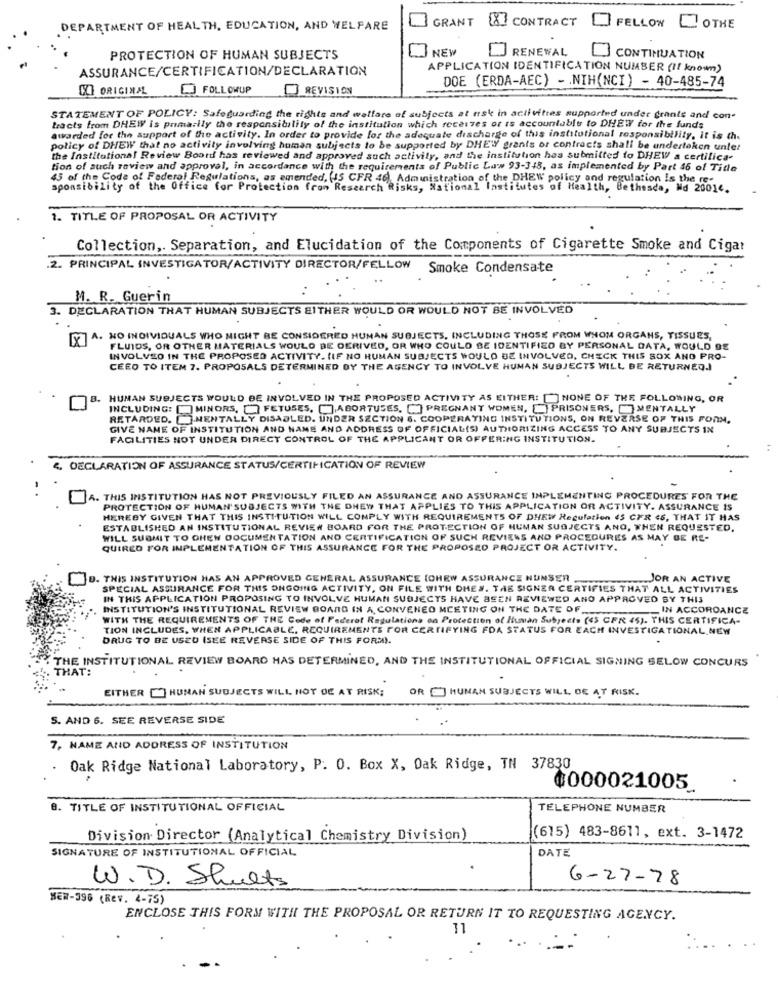
GRANT [X] CONTRACT
DEPARTMENT OF HEALTH, EDUCATION, AND WELFARE
FELLOW
LOTHE
NEW
PROTECTION OF HUMAN SUBJECTS
RENEWAL
CONTINUATION
ASSURANCE/CERTIFICATION/DECLARATION
APPLICATION IDENTIFICATION NUMBER (If known)
DOE (ERDA-AEC) - . NIH(NCI) - 40-485-74
OXI ORIGINAL
FOLLOWUP
REVISION
STATEMENT OF POLICY: Safeguarding the rights and welfare of subjects at risk in activities supported under grants and con-
tracts from DHEWY is primarily the responsibility of the institution which receives or is accountable to DHEW for the funds
awarded for the support of the activity. In order to provide for the adequate discharge of this institutional responsibility, it is the
policy of DHEW that no activity involving human subjects to be supported by DHEWY grants or contracts shall be undertaken unter
the Institutional Review Boord has reviewed and approved such activity, and the institution has submitted to DHEW a certifica-
tion of auch review and approval, in accordance with the requirements of Public Law 93-348, as implemented by Part 46 of Tide
45 of the Code of Federal Regulations, as amended, IS CFR 46), Administration of the DHEW policy and regulation Is the re-
sponsibility of the Office for Protection from Research Risks, National Institutes of Health, Bethesda, Md 2001e.
1. TITLE OF PROPOSAL OR ACTIVITY
Collection ,. Separation, and Elucidation of the Components of Cigarette Smoke and Cigar
.2. PRINCIPAL INVESTIGATOR/ACTIVITY DIRECTOR/FELLOW
Smoke Condensate
M. R. Guerin
. DECLARATION THAT HUMAN SUBJECTS EITHER WOULD OR WOULD NOT BE INVOLVED
[X] A. NO INDIVIDUALS WHO MIGHT BE CONSIDERED HUMAN SUBJECTS, INCLUDING THOSE FROM WHOM ORGANS, TISSUES,
FLUIDS, OR OTHER MATERIALS WOULD BE DERIVED, OR WHO COULD BE IDENTIFIED BY PERSONAL DATA, WOULD BE
INVOLVED IN THE PROPOSED ACTIVITY. {IF NO HUMAN SUBJECTS WOULD BE INVOLVED, CHECK THIS BOX ANO PRO-
CEED TO ITEM 7. PROPOSALS DETERMINED BY THE AGENCY TO INVOLVE HUMAN SUBJECTS WILL BE RETURNED.)
B. HUMAN SUBJECTS WOULD BE INVOLVED IN THE PROPOSED ACTIVITY AS EITHER: [ NONE OF THE FOLLOWING, OR
INCLUDING: [ MINORS, [ FETUSES. [ABORTUSES, [] PREGNANT WOMEN, [} PRISONERS, MENTALLY
RETARDED. [].MENTALLY DISABLED. UNDER SECTION 6. COOPERATING INSTITUTIONS, ON REVERSE OF THIS FORM.
GIVE NAME OF INSTITUTION AND NAME AND ADDRESS OF OFFICIAL(S) AUTHORIZING ACCESS TO ANY SUBJECTS IN
FACILITIES NOT UNDER DIRECT CONTROL OF THE APPLICANT OR OFFERING INSTITUTION.
4. DECLARATION OF ASSURANCE STATUS/CERTIFICATION OF REVIEW
4. THIS INSTITUTION HAS NOT PREVIOUSLY FILED AN ASSURANCE AND ASSURANCE IMPLEMENTING PROCEDURES FOR THE
PROTECTION OF HUMAN'SUBJECTS WITH THE DHEW THAT APPLIES TO THIS APPLICATION OR ACTIVITY. ASSURANCE 15
HEREBY GIVEN THAT THIS INSTITUTION WILL COMPLY WITH REQUIREMENTS OF DHEW Regulation 45 CFR 46, THAT IT HAS
ESTABLISHED AN INSTITUTIONAL REVIEW BOARD FOR THE PROTECTION OF HUMAN SUBJECTS ANO, THEN REQUESTED,
WILL SUBMIT TO OHEN DOCUMENTATION AND CERTIFICATION OF SUCH REVIEWS AND PROCEDURES AS MAY GE RE-
QUIRED FOR IMPLEMENTATION OF THIS ASSURANCE FOR THE PROPOSED PROJECT OR ACTIVITY.
D. THIS INSTITUTION HAS AN APPROVED GENERAL ASSURANCE (OHEW ASSURANCE NUNSER
JOR AN ACTIVE
SPECIAL ASSURANCE FOR THIS ONGOING ACTIVITY, ON FILE WITH DHES. THE SIGNER CERTIFIES THAT ALL ACTIVITIES
IN THIS APPLICATION PROPOSING TO INVOLVE HUMAN SUBJECTS HAVE BEEN REVIEWED AND APPROVED BY THIS
INSTITUTION'S INSTITUTIONAL REVIEW BOARD IN A, CONVENED MEETING ON THE DATE OF.
IN ACCORDANCE
WITH THE REQUIREMENTS OF THE Code of Federal Regulations on Protection of Human Subjects (45 CFR 45). THIS CERTIFICA-
TION INCLUDES, WHEN APPLICABLE. REQUIREMENTS FOR CERTIFYING FDA STATUS FOR EACH INVESTIGATIONAL,NEW
DRUG TO BE USED (SEE REVERSE SIDE OF THIS FORM).
THE INSTITUTIONAL REVIEW BOARD HAS DETERMINED, AND THE INSTITUTIONAL OFFICIAL SIGNING BELOW CONCURS
THAT:
EITHER [] HUMAN SUBJECTS WILL NOT OE AT RISK;
OR HUNAN SUBJECTS WILL DE AT RISK.
S. AND 6. SEE REVERSE SIDE
7, NAME AND ADDRESS OF INSTITUTION
Oak Ridge National Laboratory, P. O. Box X, Oak Ridge, TN 37830
#000021005
8. TITLE OF INSTITUTIONAL OFFICIAL
TELEPHONE NUMBER
Division Director (Analytical Chemistry Division)
(615) 483-8611, ext. 3-1472
SIGNATURE OF INSTITUTIONAL OFFICIAL
DATE
6-27-78
W.D. Shults
NEW-396 (Rev. 4-75)
ENCLOSE THIS FORM WITH THE PROPOSAL OR RETURN IT TO REQUESTING AGENCY.
11